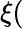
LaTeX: \xi(